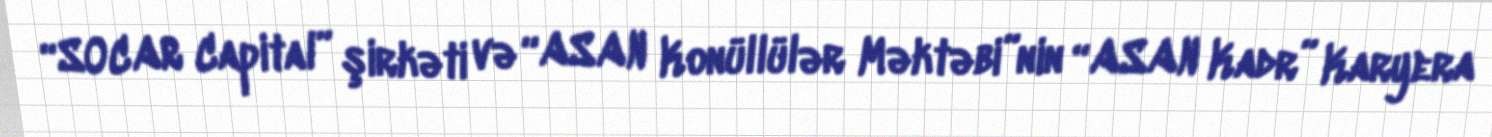
“SOCAR Capital” şirkəti və “ASAN Konüllülər Məktəbi”nin “ASAN Kadr” Karyera